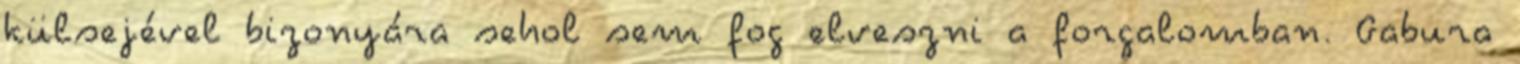
külsejével bizonyára sehol sem fog elveszni a forgalomban. Gabura